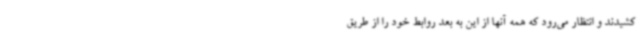
کشیدند و انتظار می‌رود که همه آنها از این به بعد روابط خود را از طریق